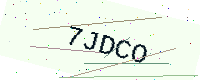
Text: 7JDCO